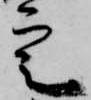
定